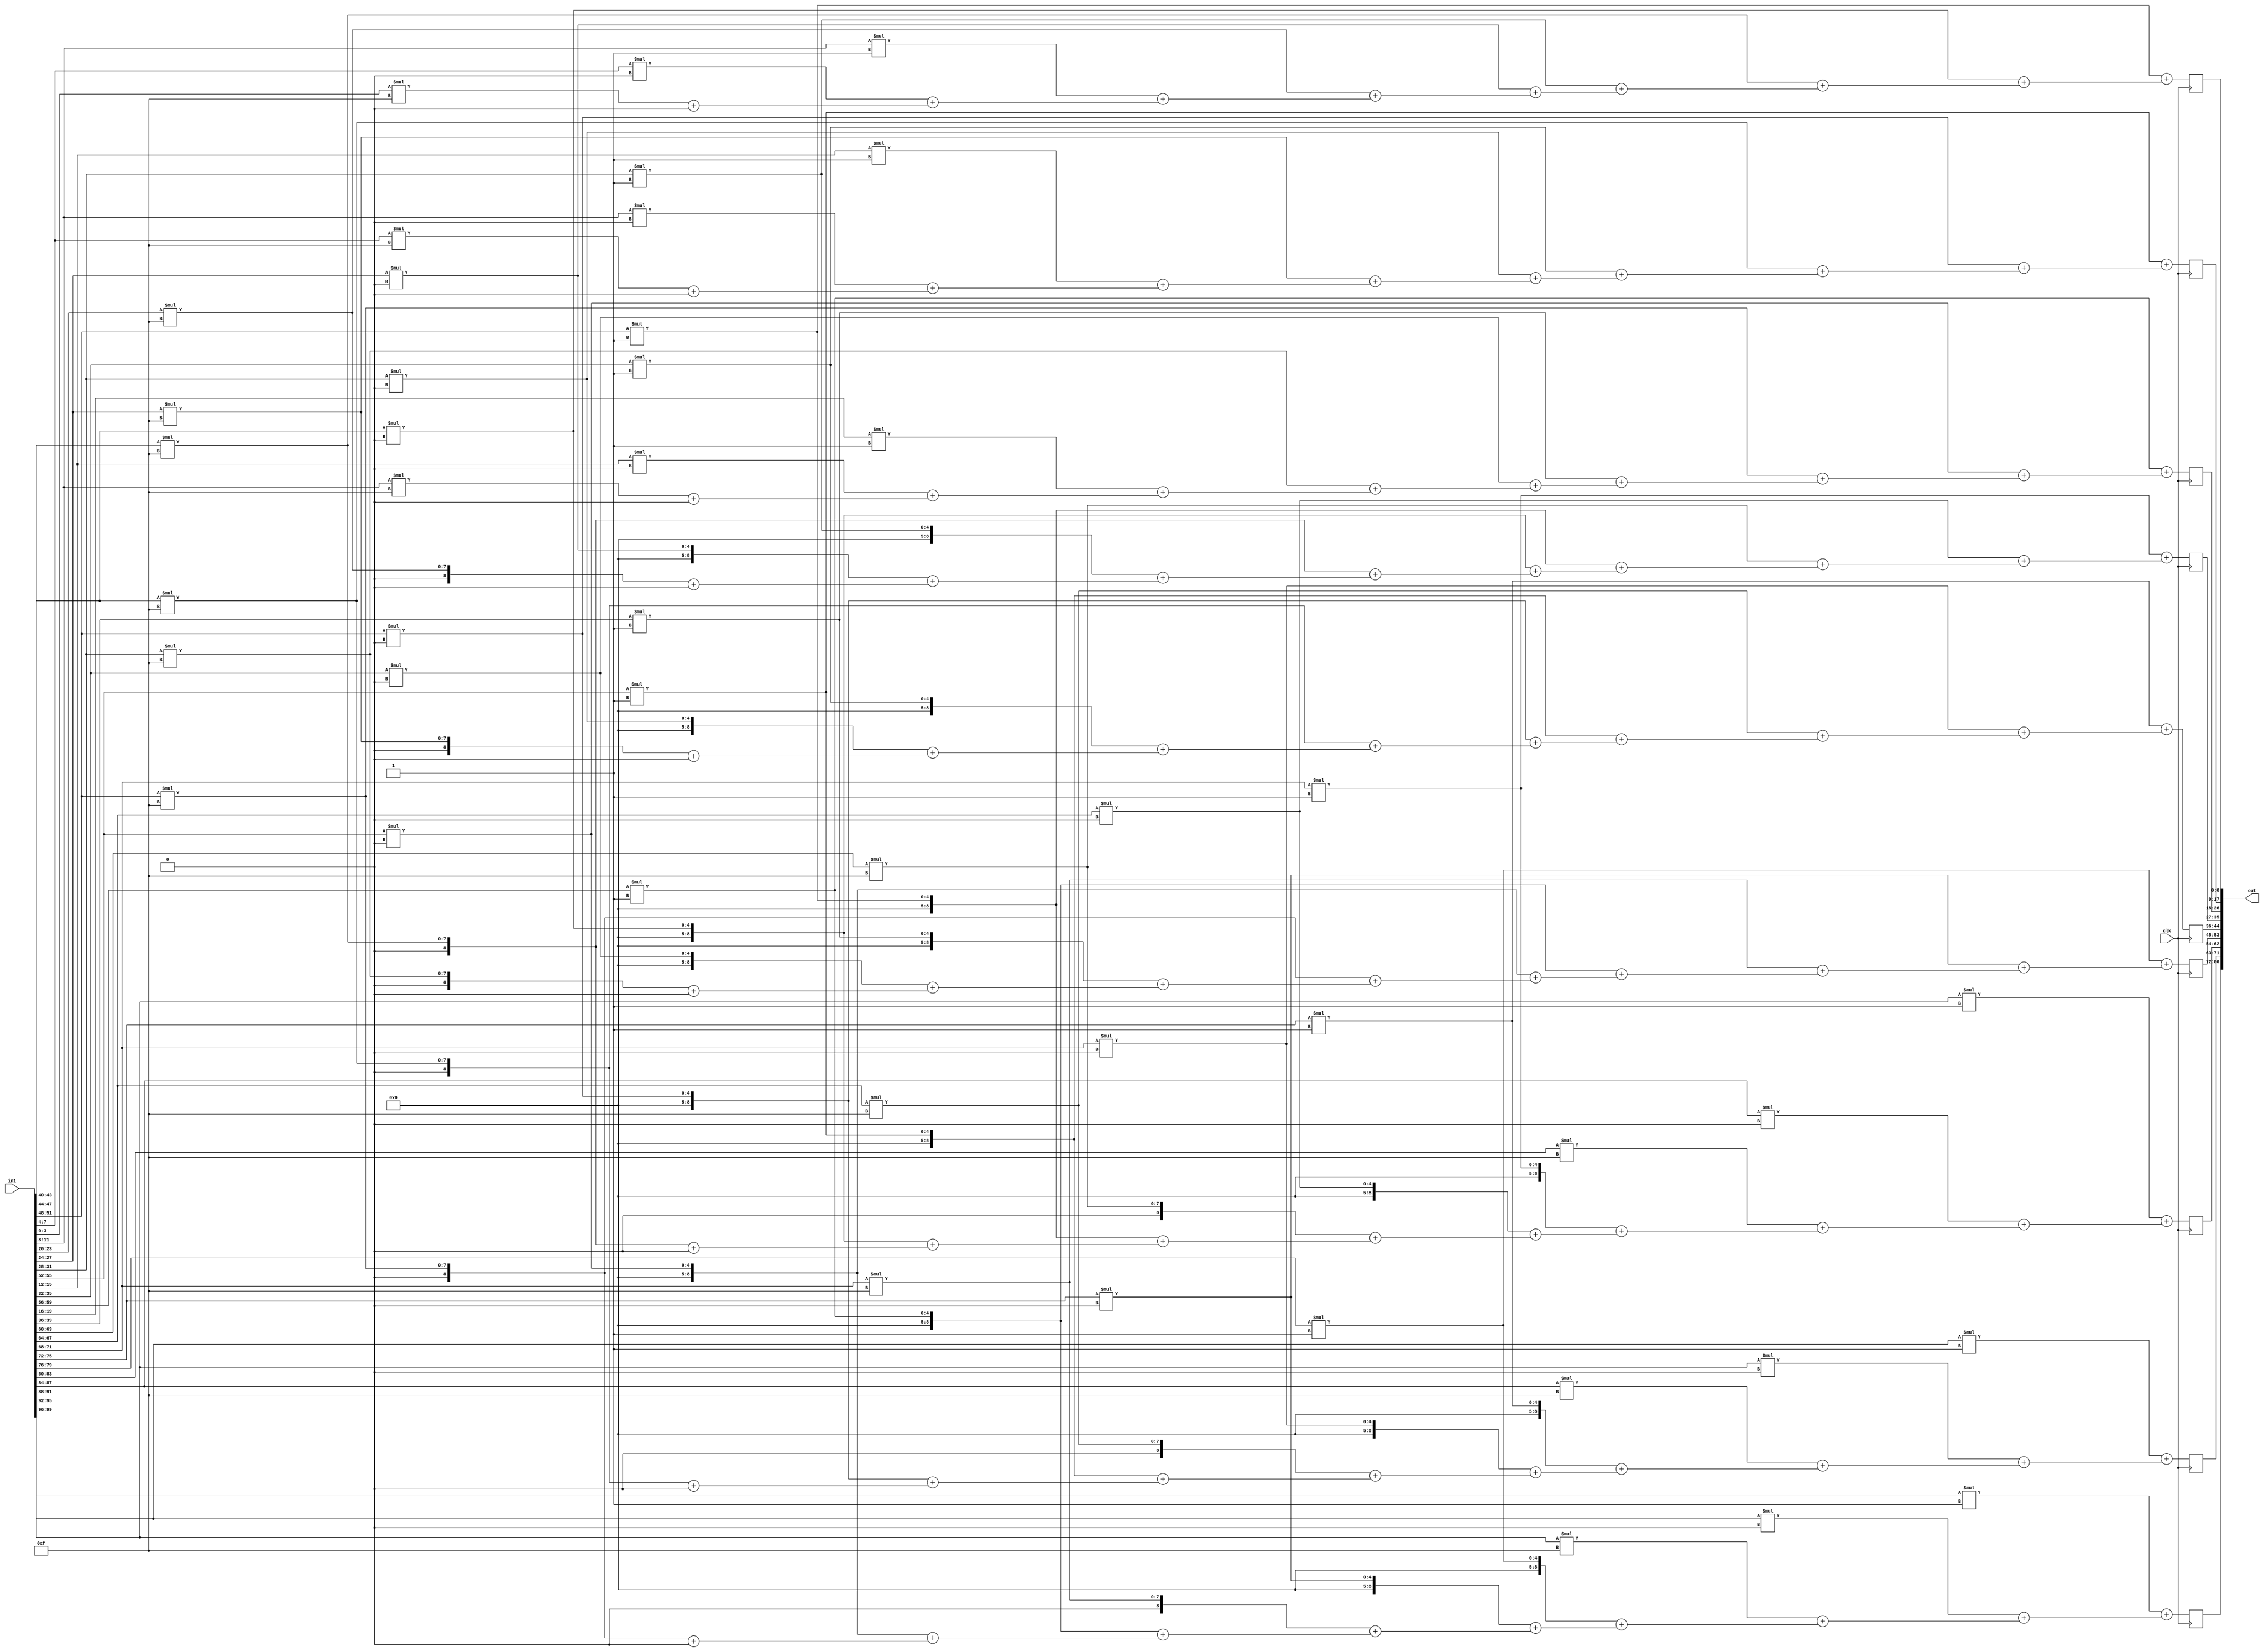
module conv_new(in1,clk,out);
input [99:0]in1;
input clk;
output [80:0]out;


wire [3:0] filter [0:2] [0:2];
reg [8:0]out1 [0:2] [0:2];
integer i,j;
reg [3:0]in [0:4][0:4];

assign filter[0][0] = -1;
assign filter[0][1] = 0;
assign filter[0][2] = 1;
assign filter[1][0] = -1;
assign filter[1][1] = 0;
assign filter[1][2] = 1;
assign filter[2][0] = -1;
assign filter[2][1] = 0;
assign filter[2][2] = 1;

always@(posedge clk)begin
	in[0][0] = in1[3:0];
	in[0][1] = in1[7:4];
	in[0][2] = in1[11:8];
	in[0][3] = in1[15:12];
	in[0][4] = in1[19:16];

	in[1][0] = in1[23:20];
	in[1][1] = in1[27:24];
	in[1][2] = in1[31:28];
	in[1][3] = in1[35:32];
	in[1][4] = in1[39:36];

	in[2][0] = in1[43:40];
	in[2][1] = in1[47:44];
	in[2][2] = in1[51:48];
	in[2][3] = in1[55:52];
	in[2][4] = in1[59:56];
	
	in[3][0] = in1[63:60];
	in[3][1] = in1[67:64];
	in[3][2] = in1[71:68];
	in[3][3] = in1[75:72];
	in[3][4] = in1[79:76];

	in[4][0] = in1[83:80];
	in[4][1] = in1[87:84];
	in[4][2] = in1[91:88];
	in[4][3] = in1[95:92];
	in[4][4] = in1[99:96];

	out1[0][0] = 0;
	out1[0][1] = 0;
	out1[0][2] = 0;
	out1[1][0] = 0;
	out1[1][1] = 0;
	out1[1][2] = 0;
	out1[2][0] = 0;
	out1[2][1] = 0;
	out1[2][2] = 0;
	for (i=0;i<3;i=i+1)begin
		for (j=0;j<3;j=j+1)begin
			out1[0][0] = (in[i][j] * filter[i][j]) + out1[0][0];
			out1[0][1] = (in[i][j+1] * filter[i][j]) + out1[0][1];
			out1[0][2] = (in[i][j+2] * filter[i][j]) + out1[0][2];
			out1[1][0] = (in[i+1][j] * filter[i][j]) + out1[1][0];
			out1[1][1] = (in[i+1][j+1] * filter[i][j]) + out1[1][1];
			out1[1][2] = (in[i+1][j+2] * filter[i][j]) + out1[1][2];
			out1[2][0] = (in[i+2][j] * filter[i][j]) + out1[2][0];
			out1[2][1] = (in[i+2][j+1] * filter[i][j]) + out1[2][1];
			out1[2][2] = (in[i+2][j+2] * filter[i][j]) + out1[2][2];
		end
	end

end
	
assign out[8:0] = out1[0][0];
assign out[17:9] = out1[0][1];
assign out[26:18] = out1[0][2];
assign out[35:27] = out1[1][0];
assign out[44:36] = out1[1][1];
assign out[53:45] = out1[1][2];
assign out[62:54] = out1[2][0];
assign out[71:63] = out1[2][1];
assign out[80:72] = out1[2][2];

endmodule